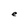
Character: e